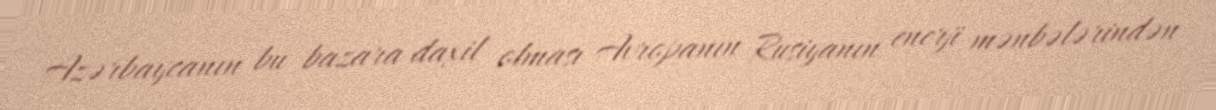
Azərbaycanın bu bazara daxil olması Avropanın Rusiyanın enerji mənbələrindən